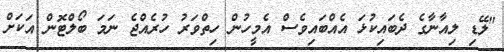
"ލޭޑި ލިއާނާގެ ދެބައިކުޅަ އެއްބައިވެސް އެމީހުން ހިތްވަރު ހުރެއްޖެ ނަމަ ބޯލްޓޮން އަކަށް